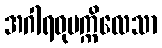
အဂါရဝုပက္ကိလေသာ